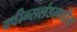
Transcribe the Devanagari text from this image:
क्वीन्सलंडमधील